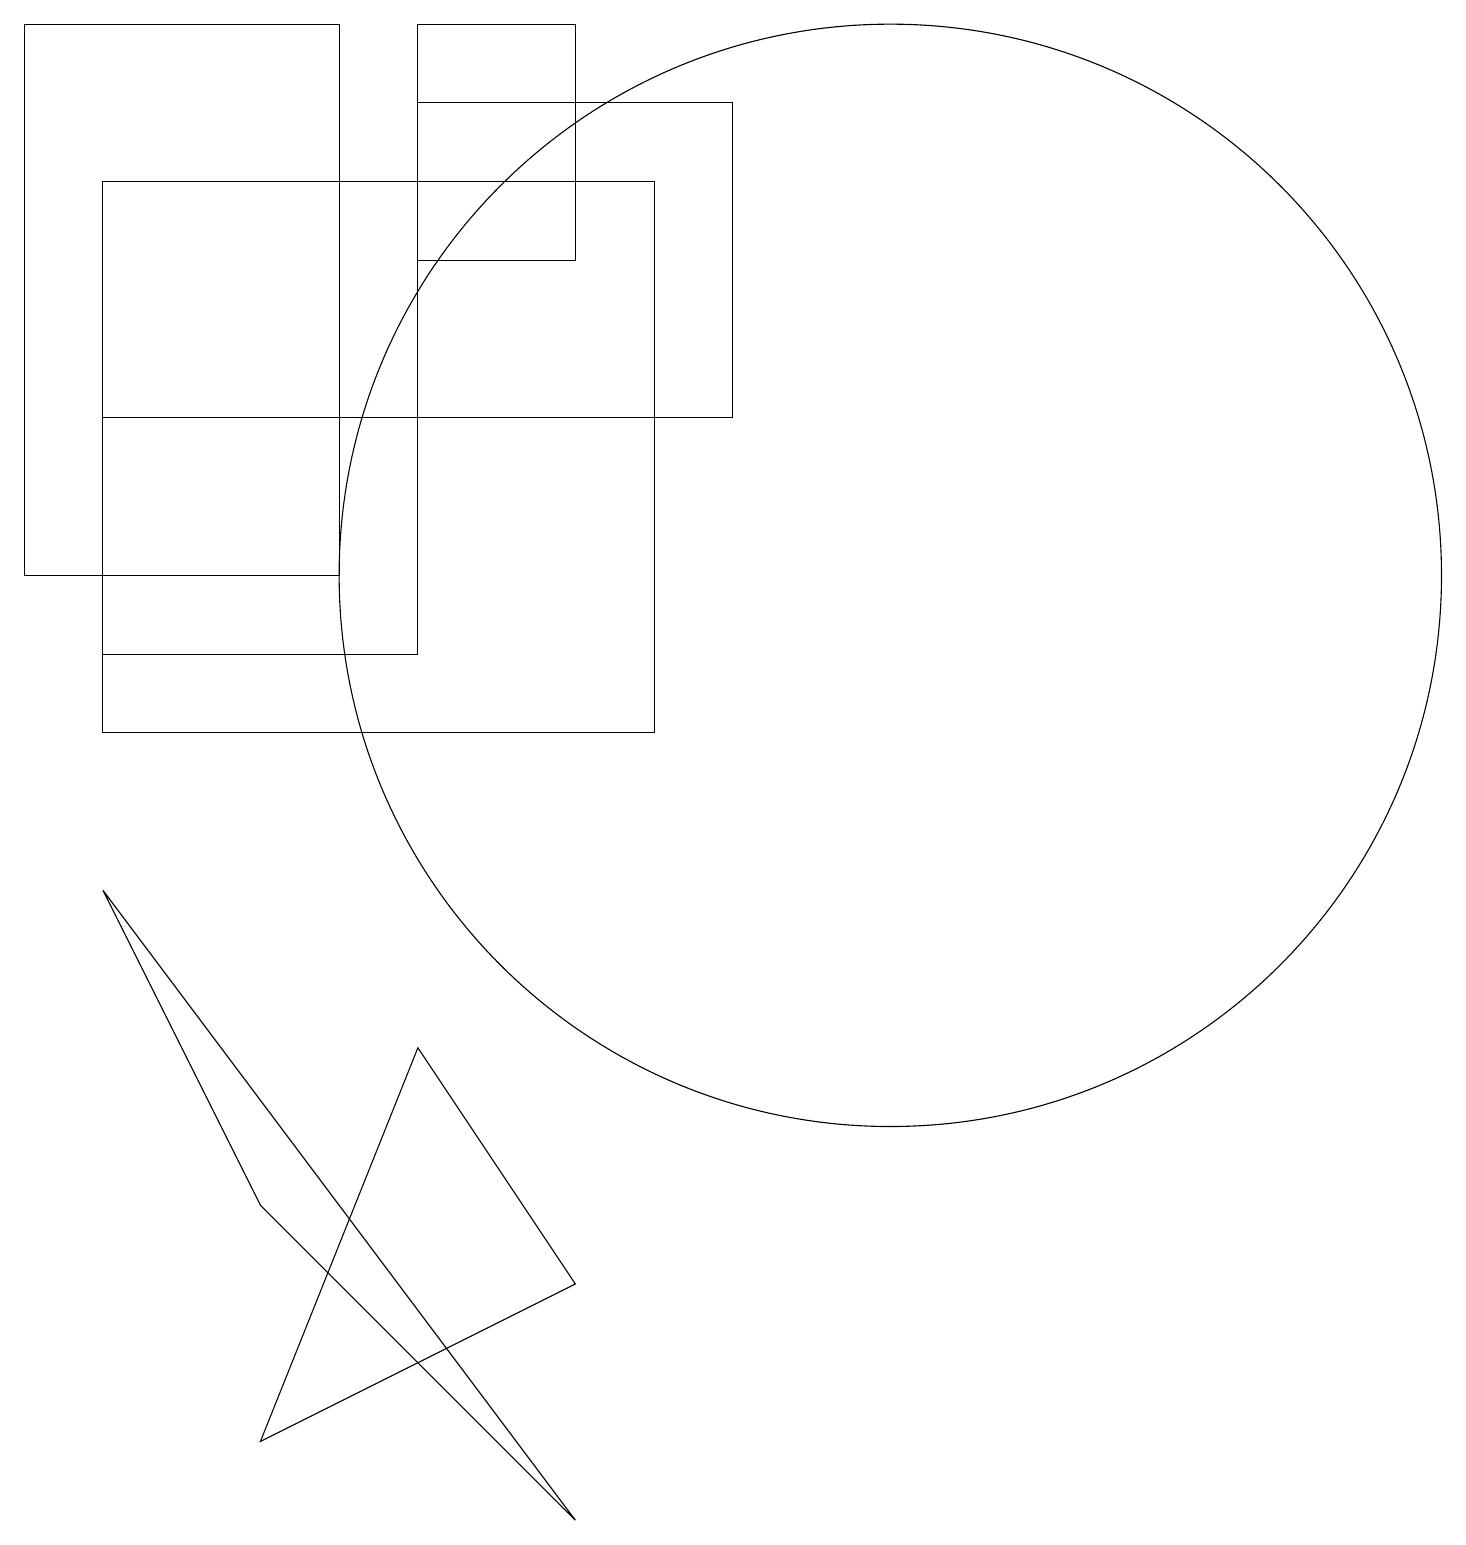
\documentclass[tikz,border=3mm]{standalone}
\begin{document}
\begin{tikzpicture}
\draw (1,8) -- (7,0) -- (3,4) -- cycle;
\draw (9,18) rectangle (5,14);
\draw (4,19) rectangle (0,12);
\draw (11,12) circle (7);
\draw (5,6) -- (3,1) -- (7,3) -- cycle;
\draw (7,19) rectangle (5,16);
\draw (1,17) rectangle (8,10);
\draw (1,14) rectangle (5,11);
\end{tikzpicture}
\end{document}